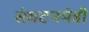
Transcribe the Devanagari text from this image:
संघटनमंत्री